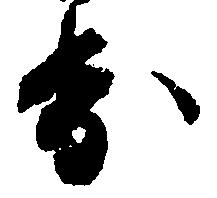
歩